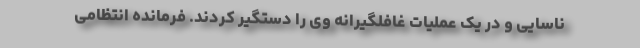
ناسایی و در یک عملیات غافلگیرانه وی را دستگیر کردند. فرمانده انتظامی